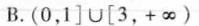
B.(0，1]\cup[3，+\infty)